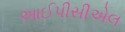
આઈપીસીએલ